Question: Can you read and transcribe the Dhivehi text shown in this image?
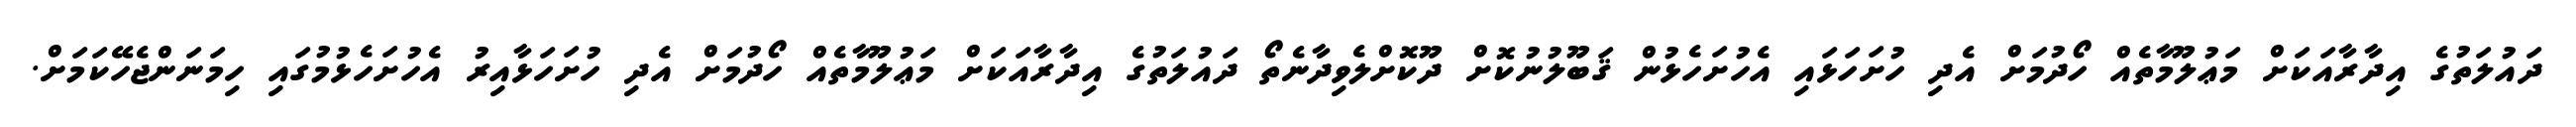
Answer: ދައުލަތުގެ އިދާރާއަކަށް މަޢުލޫމާތެއް ހޯދުމަށް އެދި ހުށަހަޅައި އެހުށަހެޅުން ޤަބޫލުނުކޮށް ދޫކޮށްލެވިދާނެތޯ ދައުލަތުގެ އިދާރާއަކަށް މަޢުލޫމާތެއް ހޯދުމަށް އެދި ހުށަހަޅާއިރު އެހުށަހެޅުމުގައި ހިމަނަންޖެހޭކަމަށް.